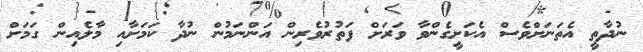
ނުދާތީ އެތަނަށްވެސް އެކަށީގެންވާ ވަރަށް ފަތުރުވެރިން އަންނަމުން ނުދާ ކަމަށާއި މާލެއިން ގަމަށް